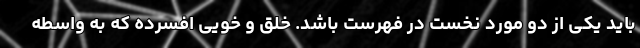
باید یکی از دو مورد نخست در فهرست باشد. خلق و خویی افسرده که به واسطه